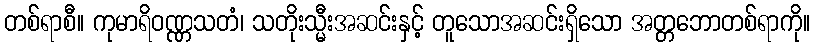
တစ်ရာစီ။ ကုမာရိဝဏ္ဏသတံ၊ သတိုးသ္မီးအဆင်းနှင့် တူသောအဆင်းရှိသော အတ္တဘောတစ်ရာကို။